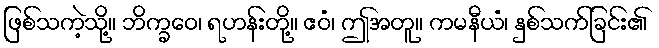
ဖြစ်သကဲ့သို့။ ဘိက္ခဝေ၊ ရဟန်းတို့။ ဧဝံ၊ ဤအတူ။ ကမနီယံ၊ နှစ်သက်ခြင်း၏